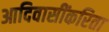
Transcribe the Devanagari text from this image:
आदिवासींकरिता